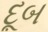
દૂબ